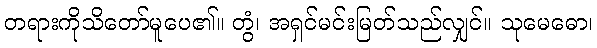
တရားကိုသိတော်မူပေ၏။ တွံ၊ အရှင်မင်းမြတ်သည်လျှင်။ သုမေဓော၊